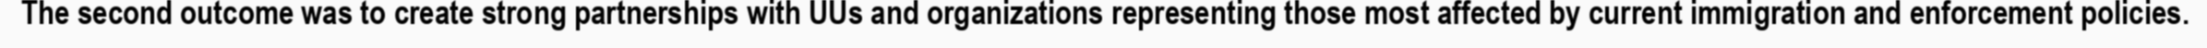
The second outcome was to create strong partnerships with UUs and organizations representing those most affected by current immigration and enforcement policies.